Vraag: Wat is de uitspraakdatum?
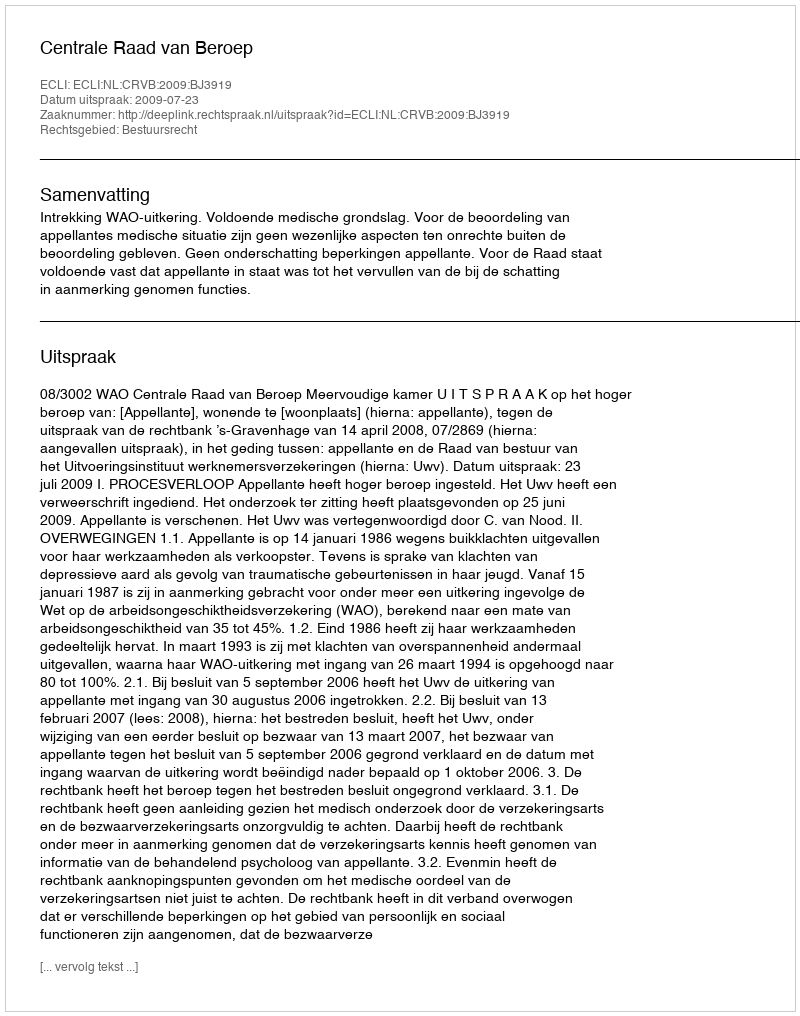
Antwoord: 2009-07-23